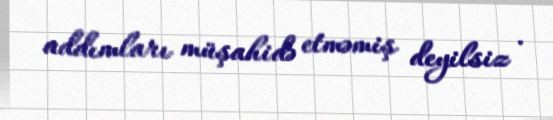
addımları müşahidə etməmiş deyilsiz .